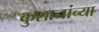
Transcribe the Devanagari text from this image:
कुशानांच्या